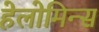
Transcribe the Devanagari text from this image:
हेलोमिन्स